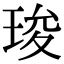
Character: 㻐